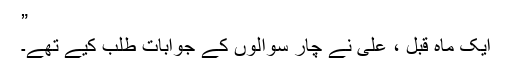
”
ایک ماہ قبل ، علی نے چار سوالوں کے جوابات طلب کیے تھے۔